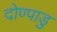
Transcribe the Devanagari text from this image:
दोण्पाडु